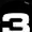
Digit: 3